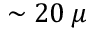
\sim 2 0 \: \mu